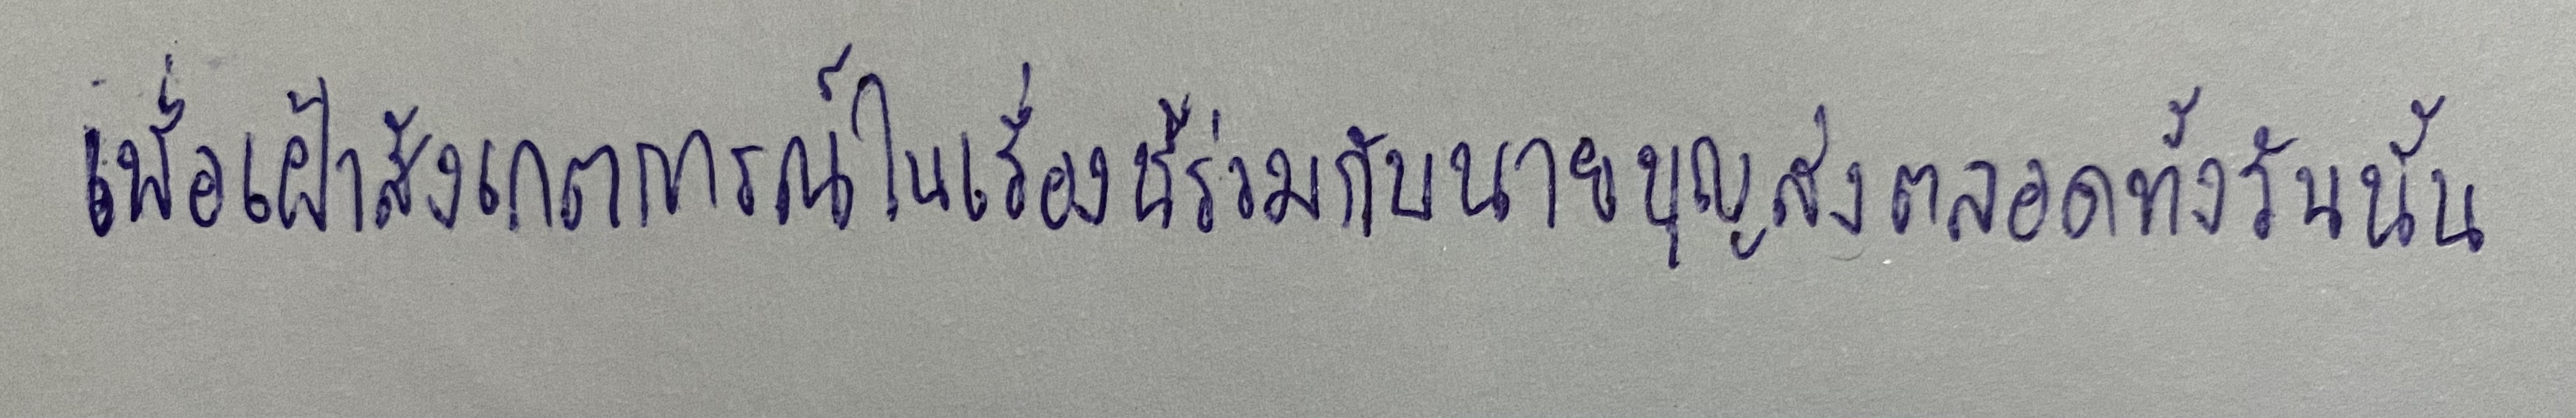
เพื่อเฝ้าสังเกตการณ์ในเรื่องนี้ร่วมกับนายบุญส่งตลอดทั้งวันนั้น